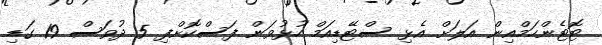
ޓޮޓެންހަމްއިން އަލަށް އެޅި ސްޓޭޑިއަމް ހުޅުވަން ފަސްކޮށްފި 5 ދުވަސް 19 ގަޑި